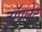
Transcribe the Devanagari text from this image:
ड्रॉपलेट